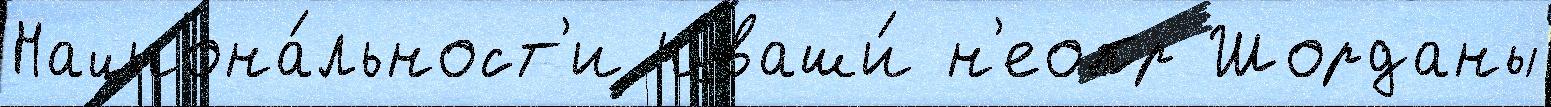
Национа́льност'и чуваши́ н'еопр Шорданы